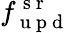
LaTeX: f_{\mathrm{~u~p~d~}}^{\mathrm{~s~r~}}